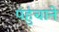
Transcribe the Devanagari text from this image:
पंहुंचाने